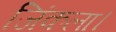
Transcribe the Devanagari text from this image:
जिंकला।